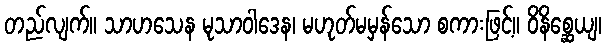
တည်လျက်။ သာဟသေန မုသာဝါဒေန၊ မဟုတ်မမှန်သော စကားဖြင့်။ ဝိနိစ္ဆေယျ၊